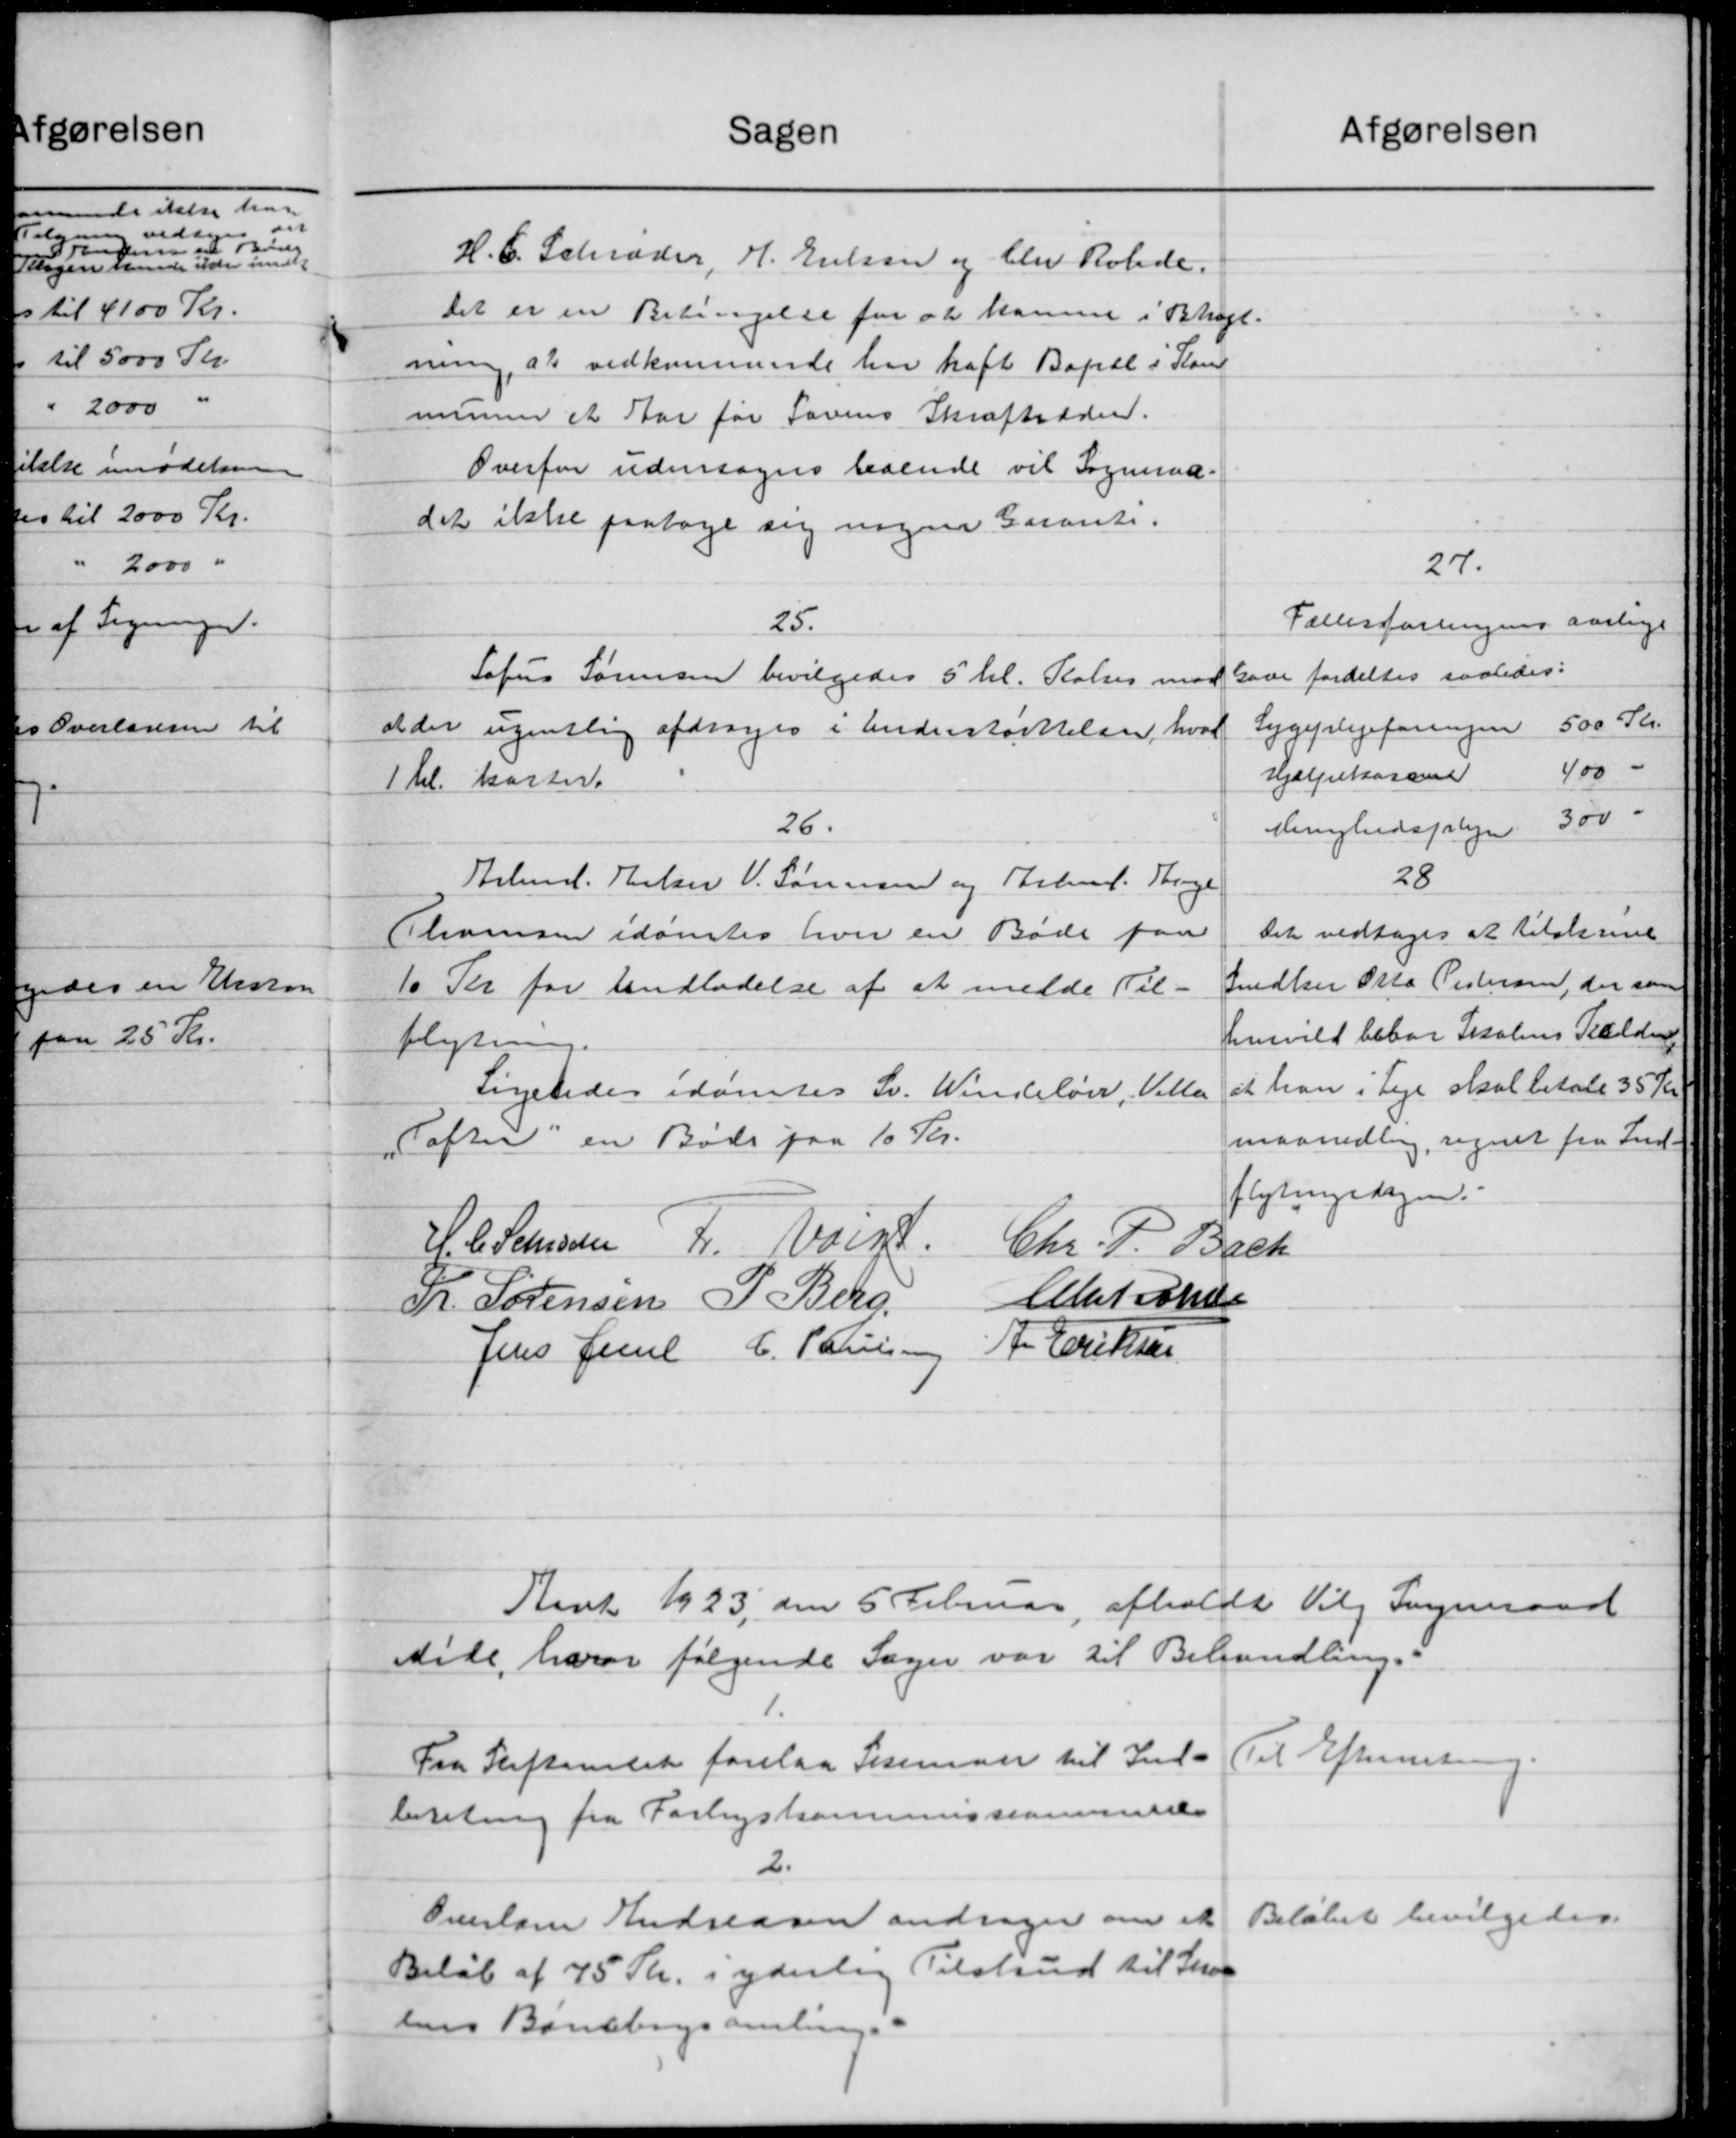
Transskription:
afgørelsen
Sagen
H.C. Schrøder, H. Eulsen og blev Rohde.
Det er en Betingelse for at kamme i Bragt.
ning, at vedkommende har haft Bopæl i Stand
munen et Aar for Lovens Skraftræder.
Overfor udensogns boende vil Sogneraa-
det ikke paatage sig nogen Garanti.
27.
Fællesforlingen aarlige
25.
Sofus Sørensen bevilgedes 5 hl. Palser mod Gave fordeltes saaledes:
500 Kr.
Sygeplejeforingen
at der ugentlig afdrages i Understøtttelsen, hvor
400 -
Hjælpekassen
1 bl. kaster.
300 -
26.
Menighedspleje
28
Arbmd. Thelser V. Sørensen og Arbmd. Thøge
Det vedtoges at tilskrive
Thomsen idømtes hver en Bøde paa
Snedker Otto Pestersen, der som
10 Kr for undladelse af at melde Til-
henvild bebar Skolens Tekelding
flytning.
at han i Leje skal betale 35 Kr.
Ligeledes idømtes Sv. Windeløv, Villa
maanedlig, regnet fra Ind-
Tofter en Bøde paa 10 Kr.
flytningsdagen.
H. C. Laursen  L. Valgt
Chr. P. Bach
Alatschs
N. Sørensen P. Berg,
Jens Juul C. Paris A. Eriksen
Aaret 1923 den 5 Februar afholdt Vilg Sogneraad
side, hvor følgende Sager var til Behandling.
Til Efterretning
Fra Stiftamtet forelaa Stemaer til Ind-
beretning fra Forligskommissionernes
2.
Beløbet bevilgedes.
Overlaner Andreasen andrager om et
Beløb af 75 Kr. i yderlig Tilskud til Skol
bens Banebogsamling.